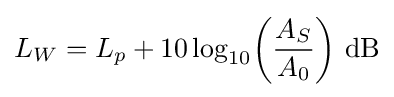
L_{W}=L_{p}+10\log _{10}\!\left({\frac {A_{S}}{A_{0}}}\right)\!~\mathrm {dB}